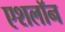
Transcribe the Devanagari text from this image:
एशलॉन